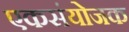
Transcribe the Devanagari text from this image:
एकसंयोजक